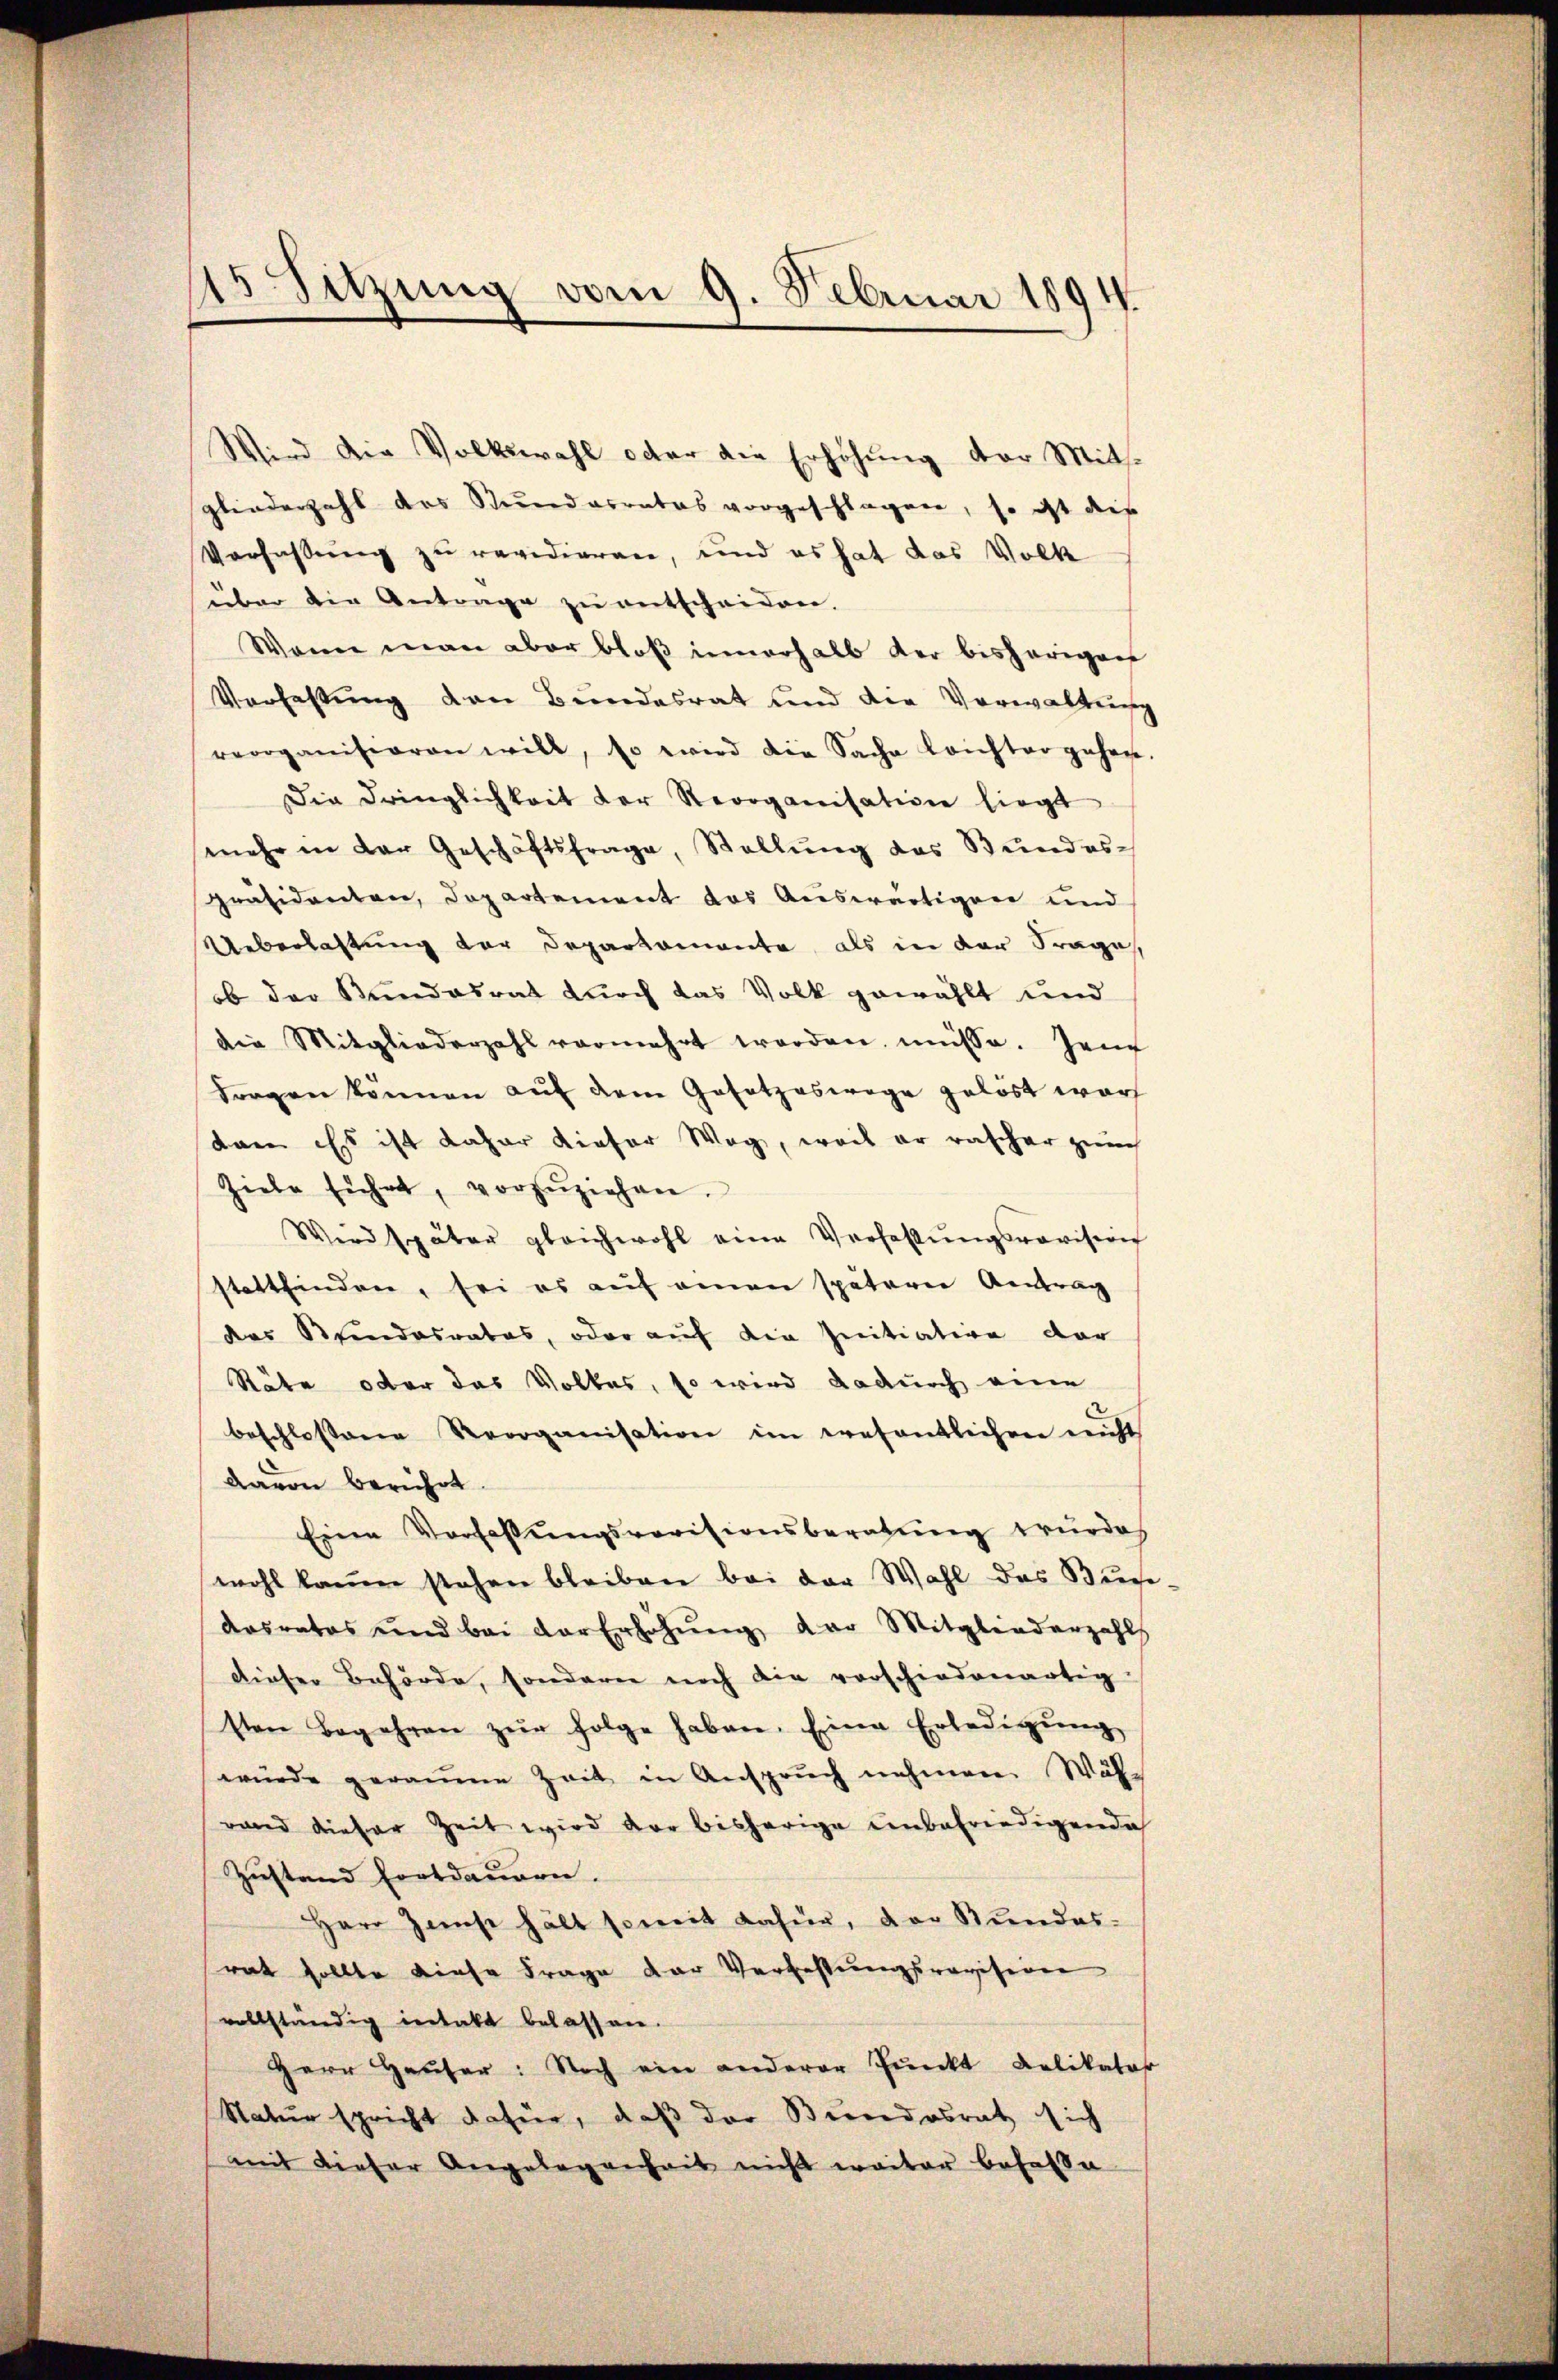
15 Sitzung vom 9. Februar 1894.

über die Antrage zu entscheiden.
Wann man aber bloß innerhalb der bisherigen
Verfassung den Bundesrat und die Verwaltung
reorganiserren will, so wird die Sache leichter gehen.
Die dringlichkeit der Reorganisatione liegt
mehr in der Geschäftsfrage, Stellŭng des Bŭndes-
präsidenten, Departement das Auswärtigen und
Ueberlastung der Departamente als in der Frage
ob der Kundesrat durch das Volk gewählt und
die Mitgliederzahl vermehrt worden müsse. Jen
Fragen können auf dem Gesetzeswege gelöst war
dann es ist daher dieser Weg, weil er rascher zürch
Ziele führt, vorzŭziehen.
Wird später gleichwohl eine Verfassŭngsrevision
stattfinden, sei es auf einen späterer Antrag
das Kindesrates, oder auf die Initiative der
Stäte oder das Volkes, so wird dadurch eine
beschlossene Reorganisation im wesentlichen nicht
Davon berührt.
Eine Verfassŭngsrevisionsberatŭng würde,
wohl kaum stehen bleiben bei der Wahl das Buche
Arsrates und bei der Erhöhŭng der Mitgliederzahl
dieser Behörde, sondern noch die vorschiedenartig
sten Begehren zŭr folge haben. Eine Erledigŭng
würde geraume Zeit in Anspruch nehmen. Wäh-
rand dieser Zeit wird der bisherige unbefriedigende
Zustand Fortdauern.
Herr Ziest hält soweit dafür, der Bundes-
rat sollte diese Frage der Verbestungsrevision
vollständig inhalt belassen.
Herr Hauser: Noch ein anderer Punkt Relikator
Natur spricht dafür, daß der Bundesrat sich
mit dieser Angelegenheit nicht weiter besasse

Wird die Volkswahl oder die Erhöhung der Mits
gliederzahl das Steuerdarrates vorgeschlagen, so ist die
Verfassung zu revidieren, und es hat das Volk